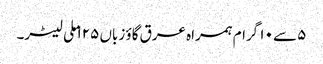
۵ سے ۱۰ گرام ہمراہ عرق گاؤ زباں ۱۲۵ ملی لیٹر۔